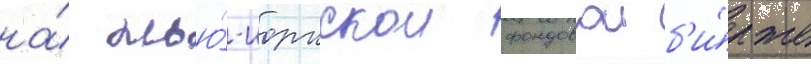
на́ нью́-иоркскои фондовои б'и́рже